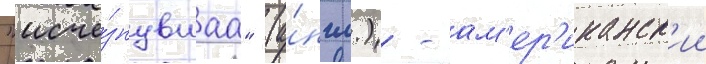
"исче́знувшаа" (а́нгл.) - ам'ер'иканск'ии